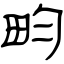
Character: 畇